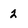
Character: 2